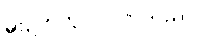
မိုးဥတုတွင် ပါဝင်သည်။